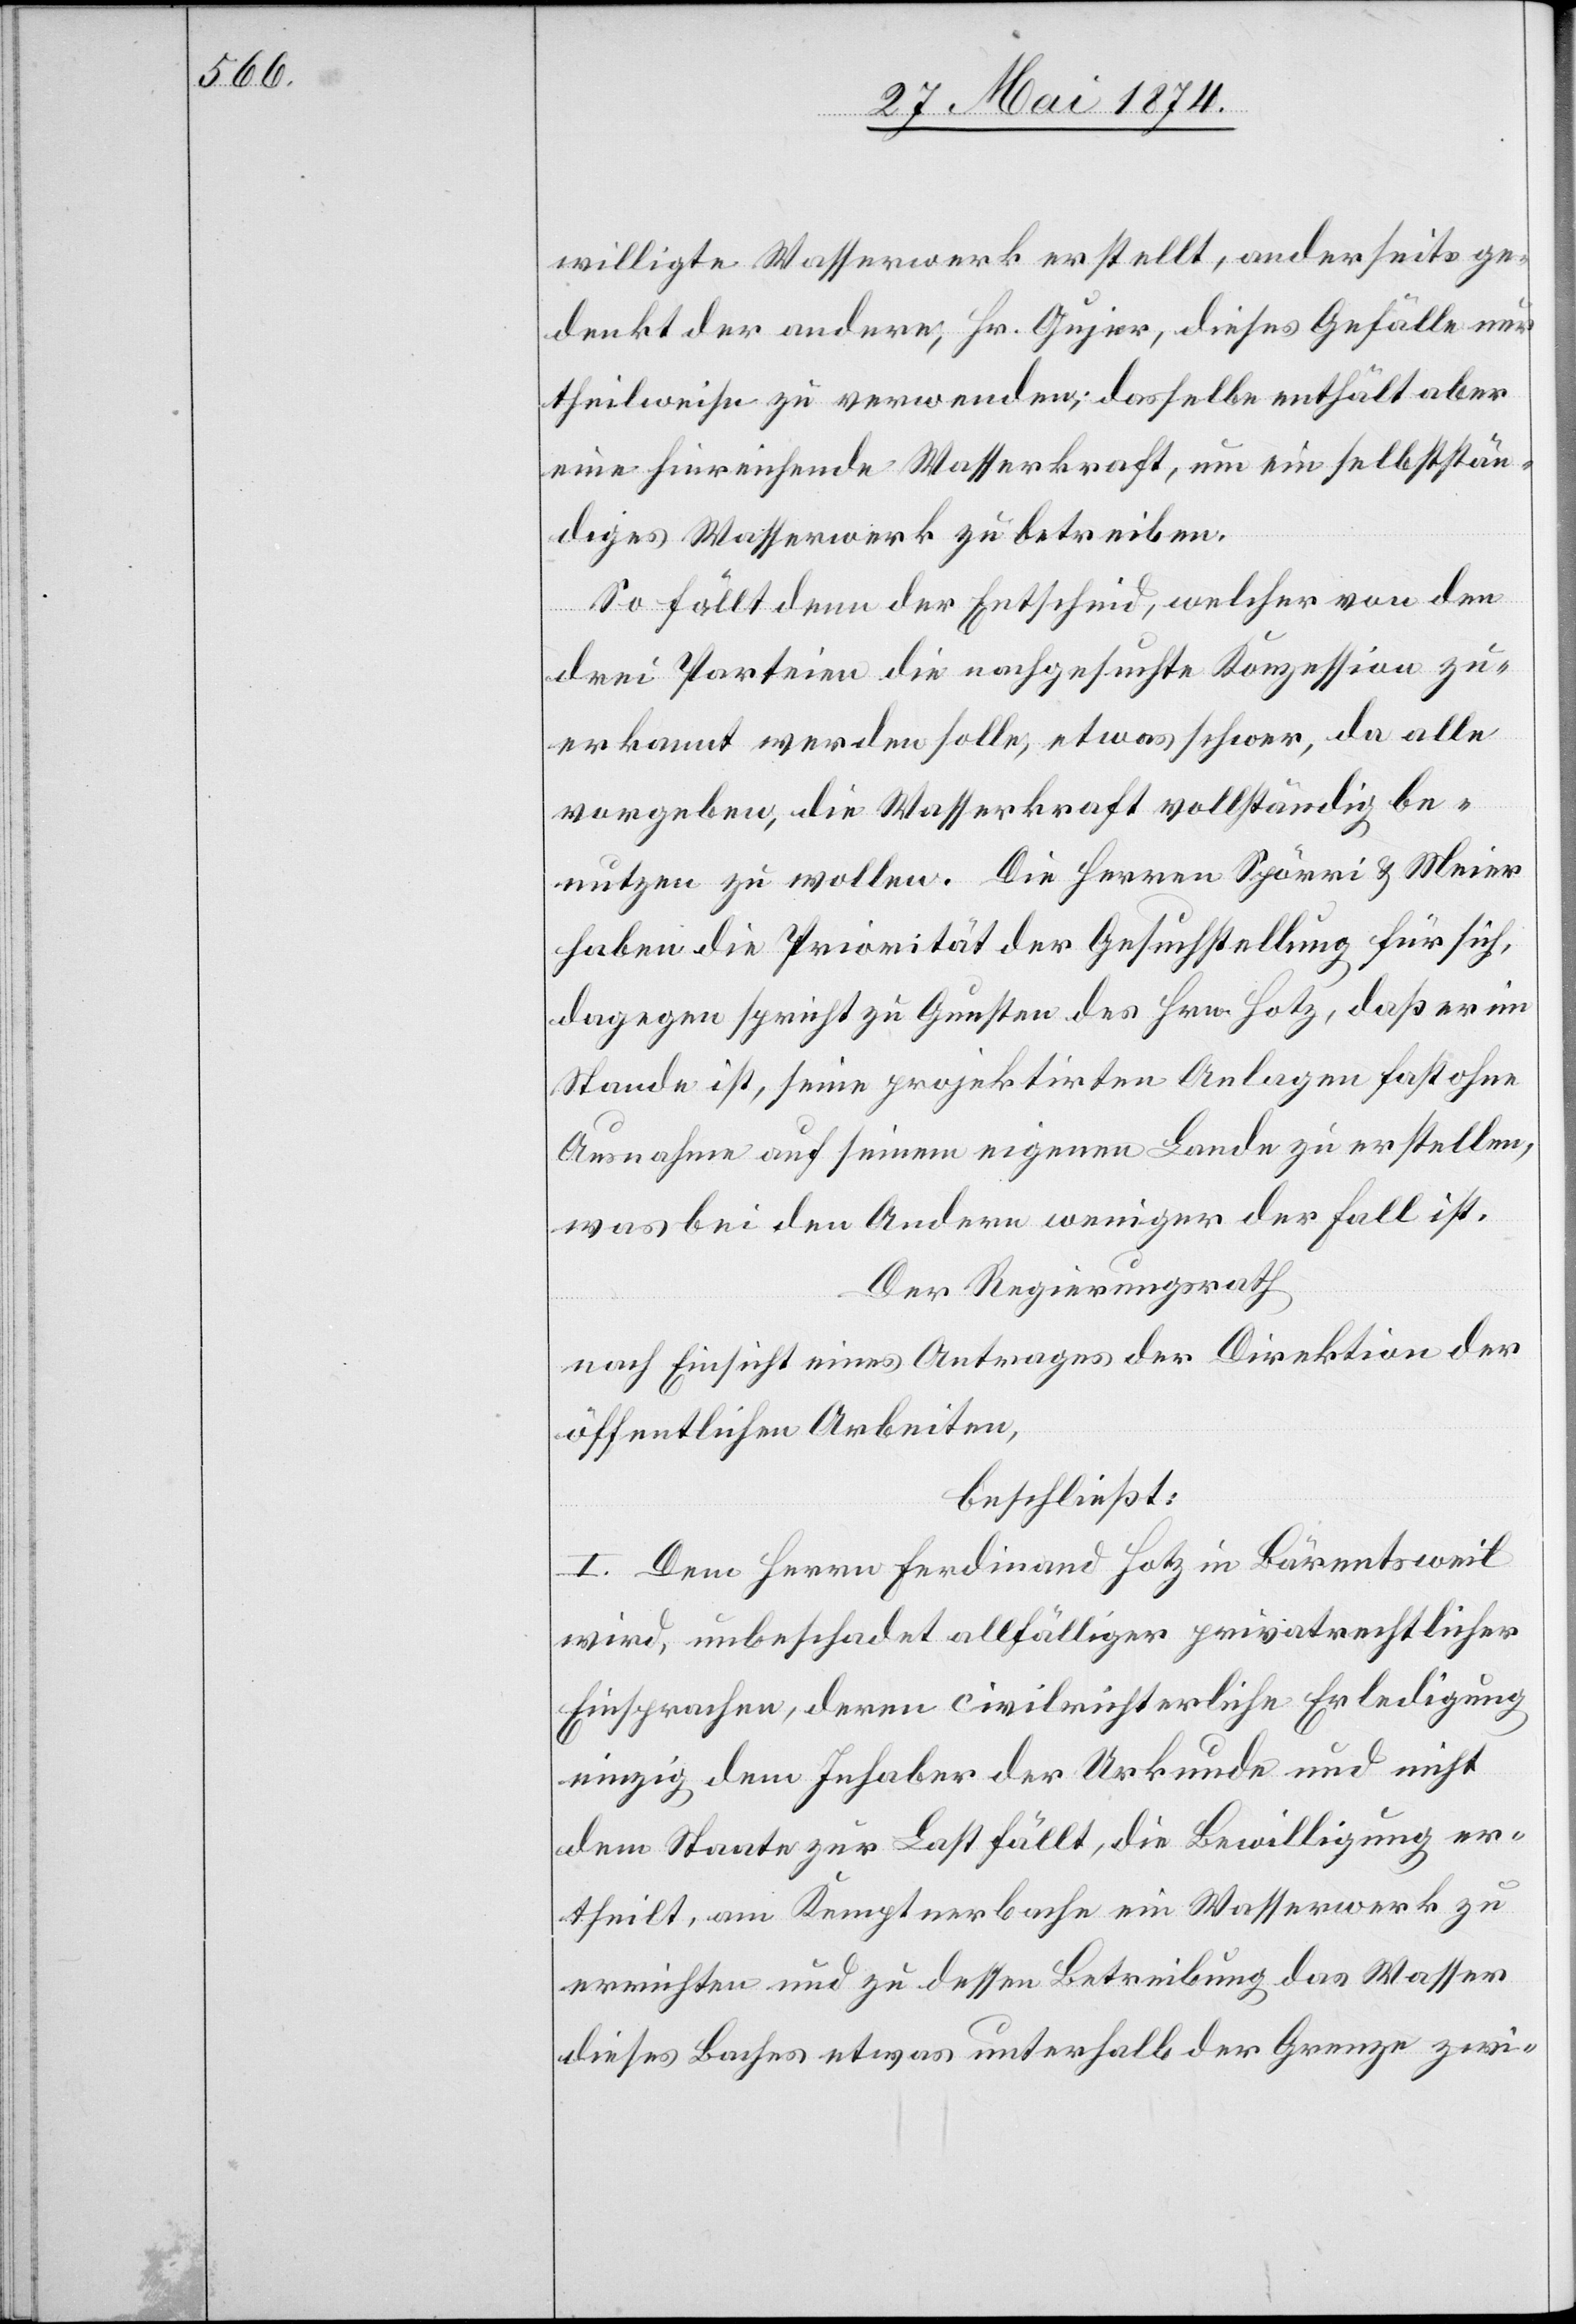
willigte Wasserwerk erstellt, anderseits ge¬
denkt der andere, Hr. Gujer, dieses Gefälle nur
theilweise zu verwenden; dasselbe enthält aber
eine hinreichende Wasserkraft, um ein selbststän¬
diges Wasserwerk zu betreiben.
So fällt denn der Entscheid, welcher von den
drei Parteien die nachgesuchte Konzession zu
erkannt werden solle, etwas schwer, da alle
vorgeben, die Wasserkraft vollständig be¬
nutzen zu wollen. Die Herren Spörri u. Meier
haben die Priorität der Gesuchstellung für sich,
dagegen spricht zu Gunsten des Hrn. Hotz, daß er im
Stande ist, seine projektirten Anlagen fast ohne
Ausnahme auf seinem eigenen Lande zu erstellen,
was bei den Andern weniger der Fall ist.
Der Regierungsrath,
nach Einsicht eines Antrages der Direktion der
öffentlichen Arbeiten,
beschließt:
I. Dem Herrn Ferdinand Hotz in Bärentsweil
wird, unbeschadet allfälliger privatrechtlicher
Einsprachen, deren civilrichterliche Erledigung
einzig dem Inhaber der Urkunde und nicht
dem Staate zur Last fällt, die Bewilligung er¬
theilt, am Kemptenerbache ein Wasserwerk zu
errichten und zu dessen Betreibung das Wasser
dieses Baches etwas unterhalb der Grenze zwi-